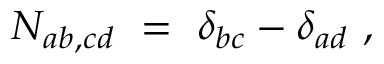
N _ { a b , c d } ~ = ~ \delta _ { b c } - \delta _ { a d } ~ ,